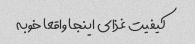
کیفیت غذای اینجا واقعا خوبه